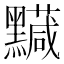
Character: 𪒯